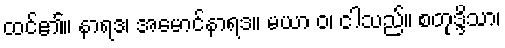
ထင်၏။ နာရဒ၊ အမောင်နာရဒ။ မယာ ဝ၊ ငါသည်။ စတုဒ္ဒိသာ၊